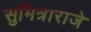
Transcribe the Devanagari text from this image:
सुमित्राराजे